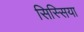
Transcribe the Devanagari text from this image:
सिस्सिया